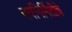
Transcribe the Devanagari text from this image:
नवनिर्मितीचे